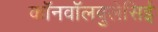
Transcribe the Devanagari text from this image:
कॉनवॉलवुलेसिई